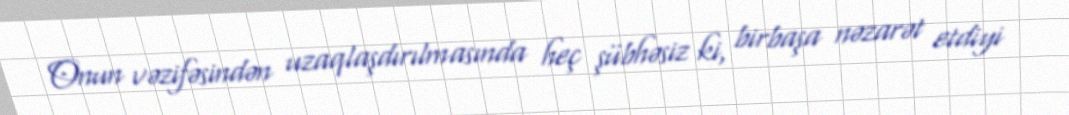
Onun vəzifəsindən uzaqlaşdırılmasında heç şübhəsiz ki, birbaşa nəzarət etdiyi